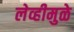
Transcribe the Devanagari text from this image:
लेव्हीमुळे